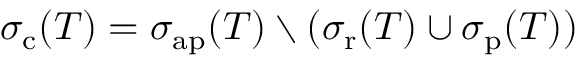
\sigma _ { \mathrm { c } } ( T ) = \sigma _ { \mathrm { a p } } ( T ) \setminus ( \sigma _ { \mathrm { r } } ( T ) \cup \sigma _ { \mathrm { p } } ( T ) )